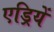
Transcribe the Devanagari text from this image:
एड्रियें